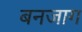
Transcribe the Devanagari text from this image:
बनजाग